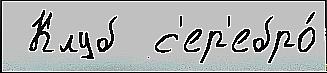
 Клуб  с'ер'ебро́